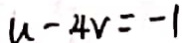
u - 4 v = - 1